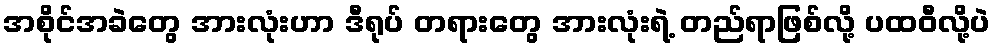
အစိုင်အခဲတွေ အားလုံးဟာ ဒီရုပ် တရားတွေ အားလုံးရဲ့ တည်ရာဖြစ်လို့ ပထဝီလို့ပဲ